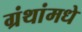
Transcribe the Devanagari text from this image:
ग्रंथांमधे